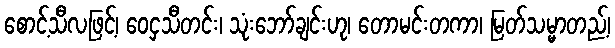
စောင့်သီလဖြင့်၊ ဝေငှသီတင်း၊ သုံးဘော်ချင်းဟု၊ တောမင်းတကာ၊ မြတ်သမ္မာတည့်၊